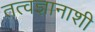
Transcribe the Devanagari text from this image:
तत्वज्ञानाशी